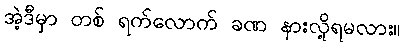
အဲ့ဒီမှာ တစ် ရက်လောက် ခဏ နားလို့ရမလား။